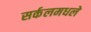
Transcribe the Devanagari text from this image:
सर्कलमधले